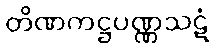
တိဏကဋ္ဌပဏ္ဏသဋံ